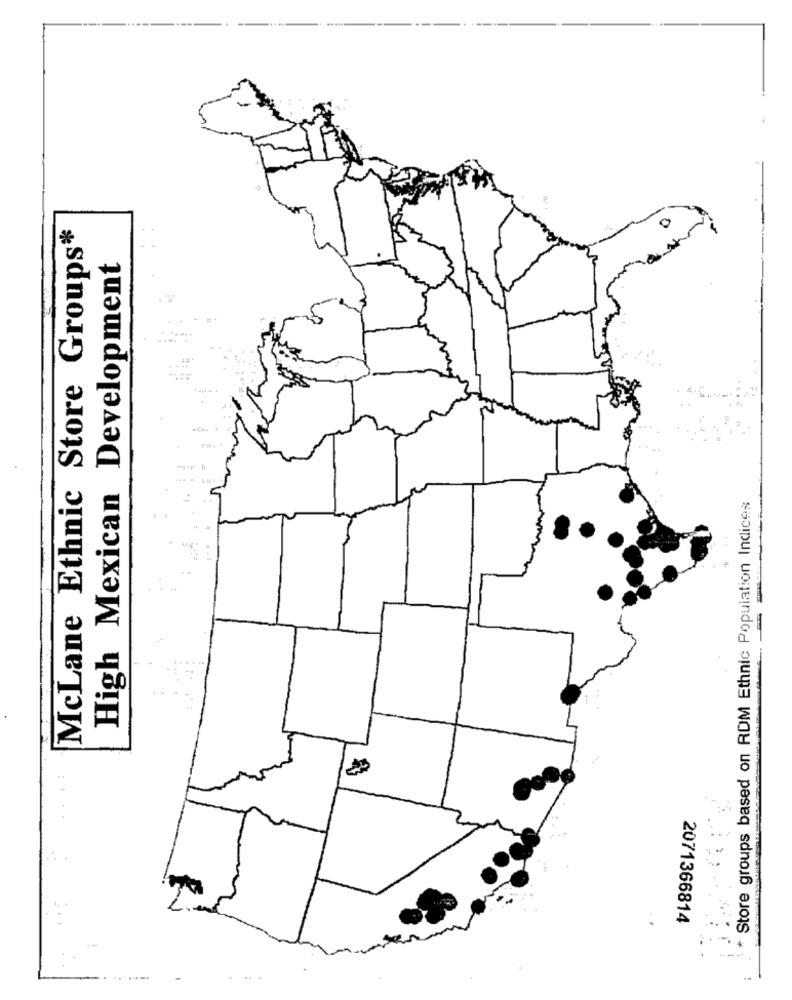
McLane Ethnic Store Groups*
High Mexican Development
Store groups based on RDM Ethnic Population Indices
2071366814